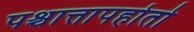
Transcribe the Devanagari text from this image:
पश्चात्तापहोतो